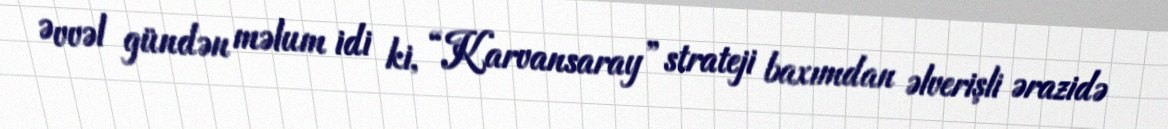
Əvvəl gündən məlum idi ki, “Karvansaray” strateji baxımdan əlverişli ərazidə